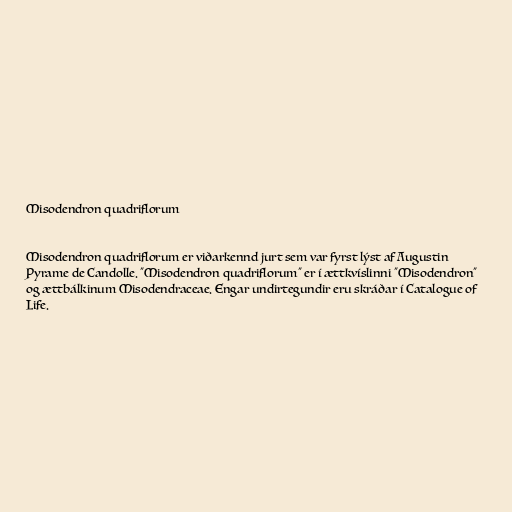
Misodendron quadriflorum

Misodendron quadriflorum er viðarkennd jurt sem var fyrst lýst af Augustin
Pyrame de Candolle. "Misodendron quadriflorum" er í ættkvíslinni "Misodendron"
og ættbálkinum Misodendraceae. Engar undirtegundir eru skráðar í Catalogue of
Life.